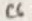
Text: C6